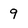
Character: 9